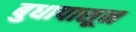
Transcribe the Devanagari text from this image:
बुधापासून